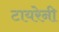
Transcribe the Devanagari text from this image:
टायरेनी